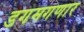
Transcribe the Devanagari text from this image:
डगमगणार